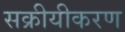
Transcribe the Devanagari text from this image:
सक्रीयीकरण